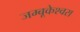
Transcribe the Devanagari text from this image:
जम्बूकेश्‍वरा